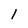
Character: 1